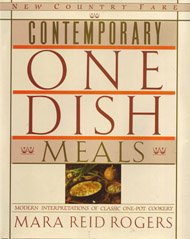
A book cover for Contemporary One Dish Meals (New country fare); Mara Reid Rogers; Cookbooks, Food & Wine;